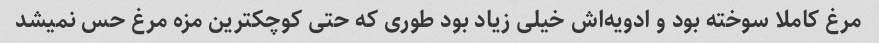
مرغ کاملا سوخته بود و ادویه‌اش خیلی زیاد بود طوری که حتی کوچکترین مزه مرغ حس نمیشد